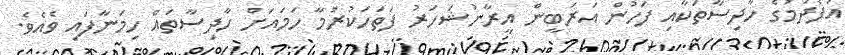
އުފެދުމުގެ ހާދިސާތަކާއި ފަހުން އަރަބީން އީރާނުޝަހަރު ފަތަހަކުރުމާ ހަމައަށް ހާދިސާތައް ހިމަނާފައި ވެއެވެ.